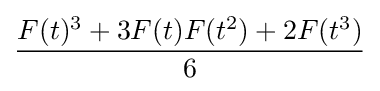
{\frac {F(t)^{3}+3F(t)F(t^{2})+2F(t^{3})}{6}}